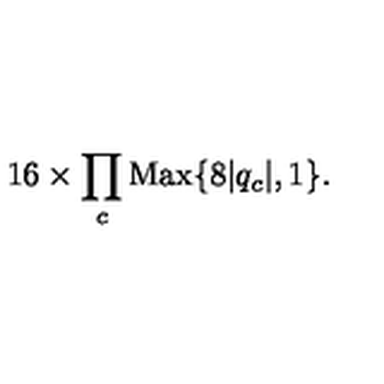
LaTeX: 1 6 \times \prod _ { c } \mathrm { M a x } \{ 8 | q _ { c } | , 1 \} .